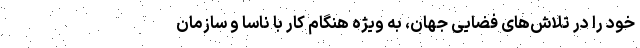
خود را در تلاش‌های فضایی جهان، به ویژه هنگام کار با ناسا و سازمان